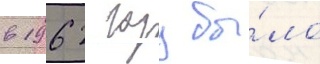
в 1962 году бы́ло